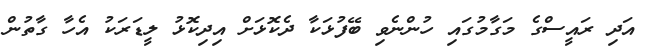
އަދި ރައީސްގެ މަގާމުގައި ހުންނެވި ބޭފުޅަކާ ދެކޮޅަށް އިދިކޮޅު ލީޑަރަކު އެހާ ގާތުން